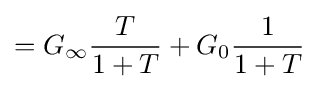
=G_{\infty }{\frac {T}{1+T}}+G_{0}{\frac {1}{1+T}}\